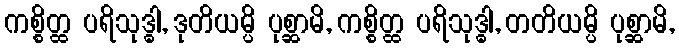
ကစ္စိတ္ထ ပရိသုဒ္ဓါ, ဒုတိယမ္ပိ ပုစ္ဆာမိ, ကစ္စိတ္ထ ပရိသုဒ္ဓါ, တတိယမ္ပိ ပုစ္ဆာမိ,